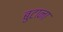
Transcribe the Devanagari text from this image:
बुटाना